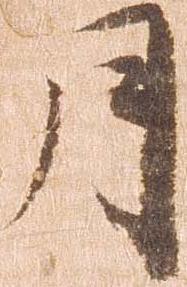
月